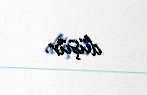
düşür.